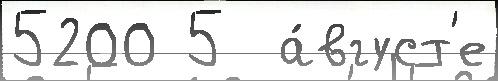
5200 5  а́вгуст'е